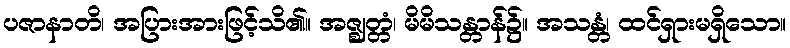
ပဇာနာတိ၊ အပြားအားဖြင့်သိ၏။ အဇ္ဈတ္တံ၊ မိမိသန္တာန်၌။ အသန္တံ၊ ထင်ရှားမရှိသော။